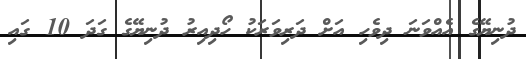
ދުނިޔޭގެ އެއްވަނަ ދިވެހި އަށް ދަރިވަރަކު ހޯދިއިރު ދުނިޔޭގެ ގަދަ 10 ގައި